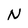
Character: N